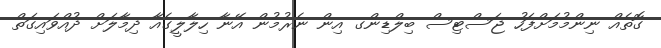
ގޮތެއް ނިންމުމަށްފަހު ޖަސްޓިސް ބިލްޑިންގ އިން ނެރުމުން އޭނާ ހިލާލީގެއާ ދިމާލަށް ދުއްވައިގަތް